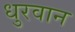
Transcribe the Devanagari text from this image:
धुरवान